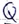
Text: Q